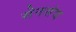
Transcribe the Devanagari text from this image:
सेनसंघ